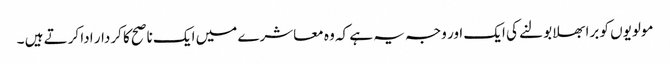
مولویوں کو برا بھلا بولنے کی ایک اور وجہ یہ ہے کہ وہ معاشرے میں ایک ناصح کا کردار ادا کرتے ہیں ۔